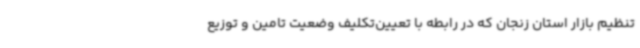
تنظیم بازار استان زنجان که در رابطه با تعیین‌تکلیف وضعیت تامین و توزیع